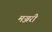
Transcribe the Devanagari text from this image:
मञ्जरी